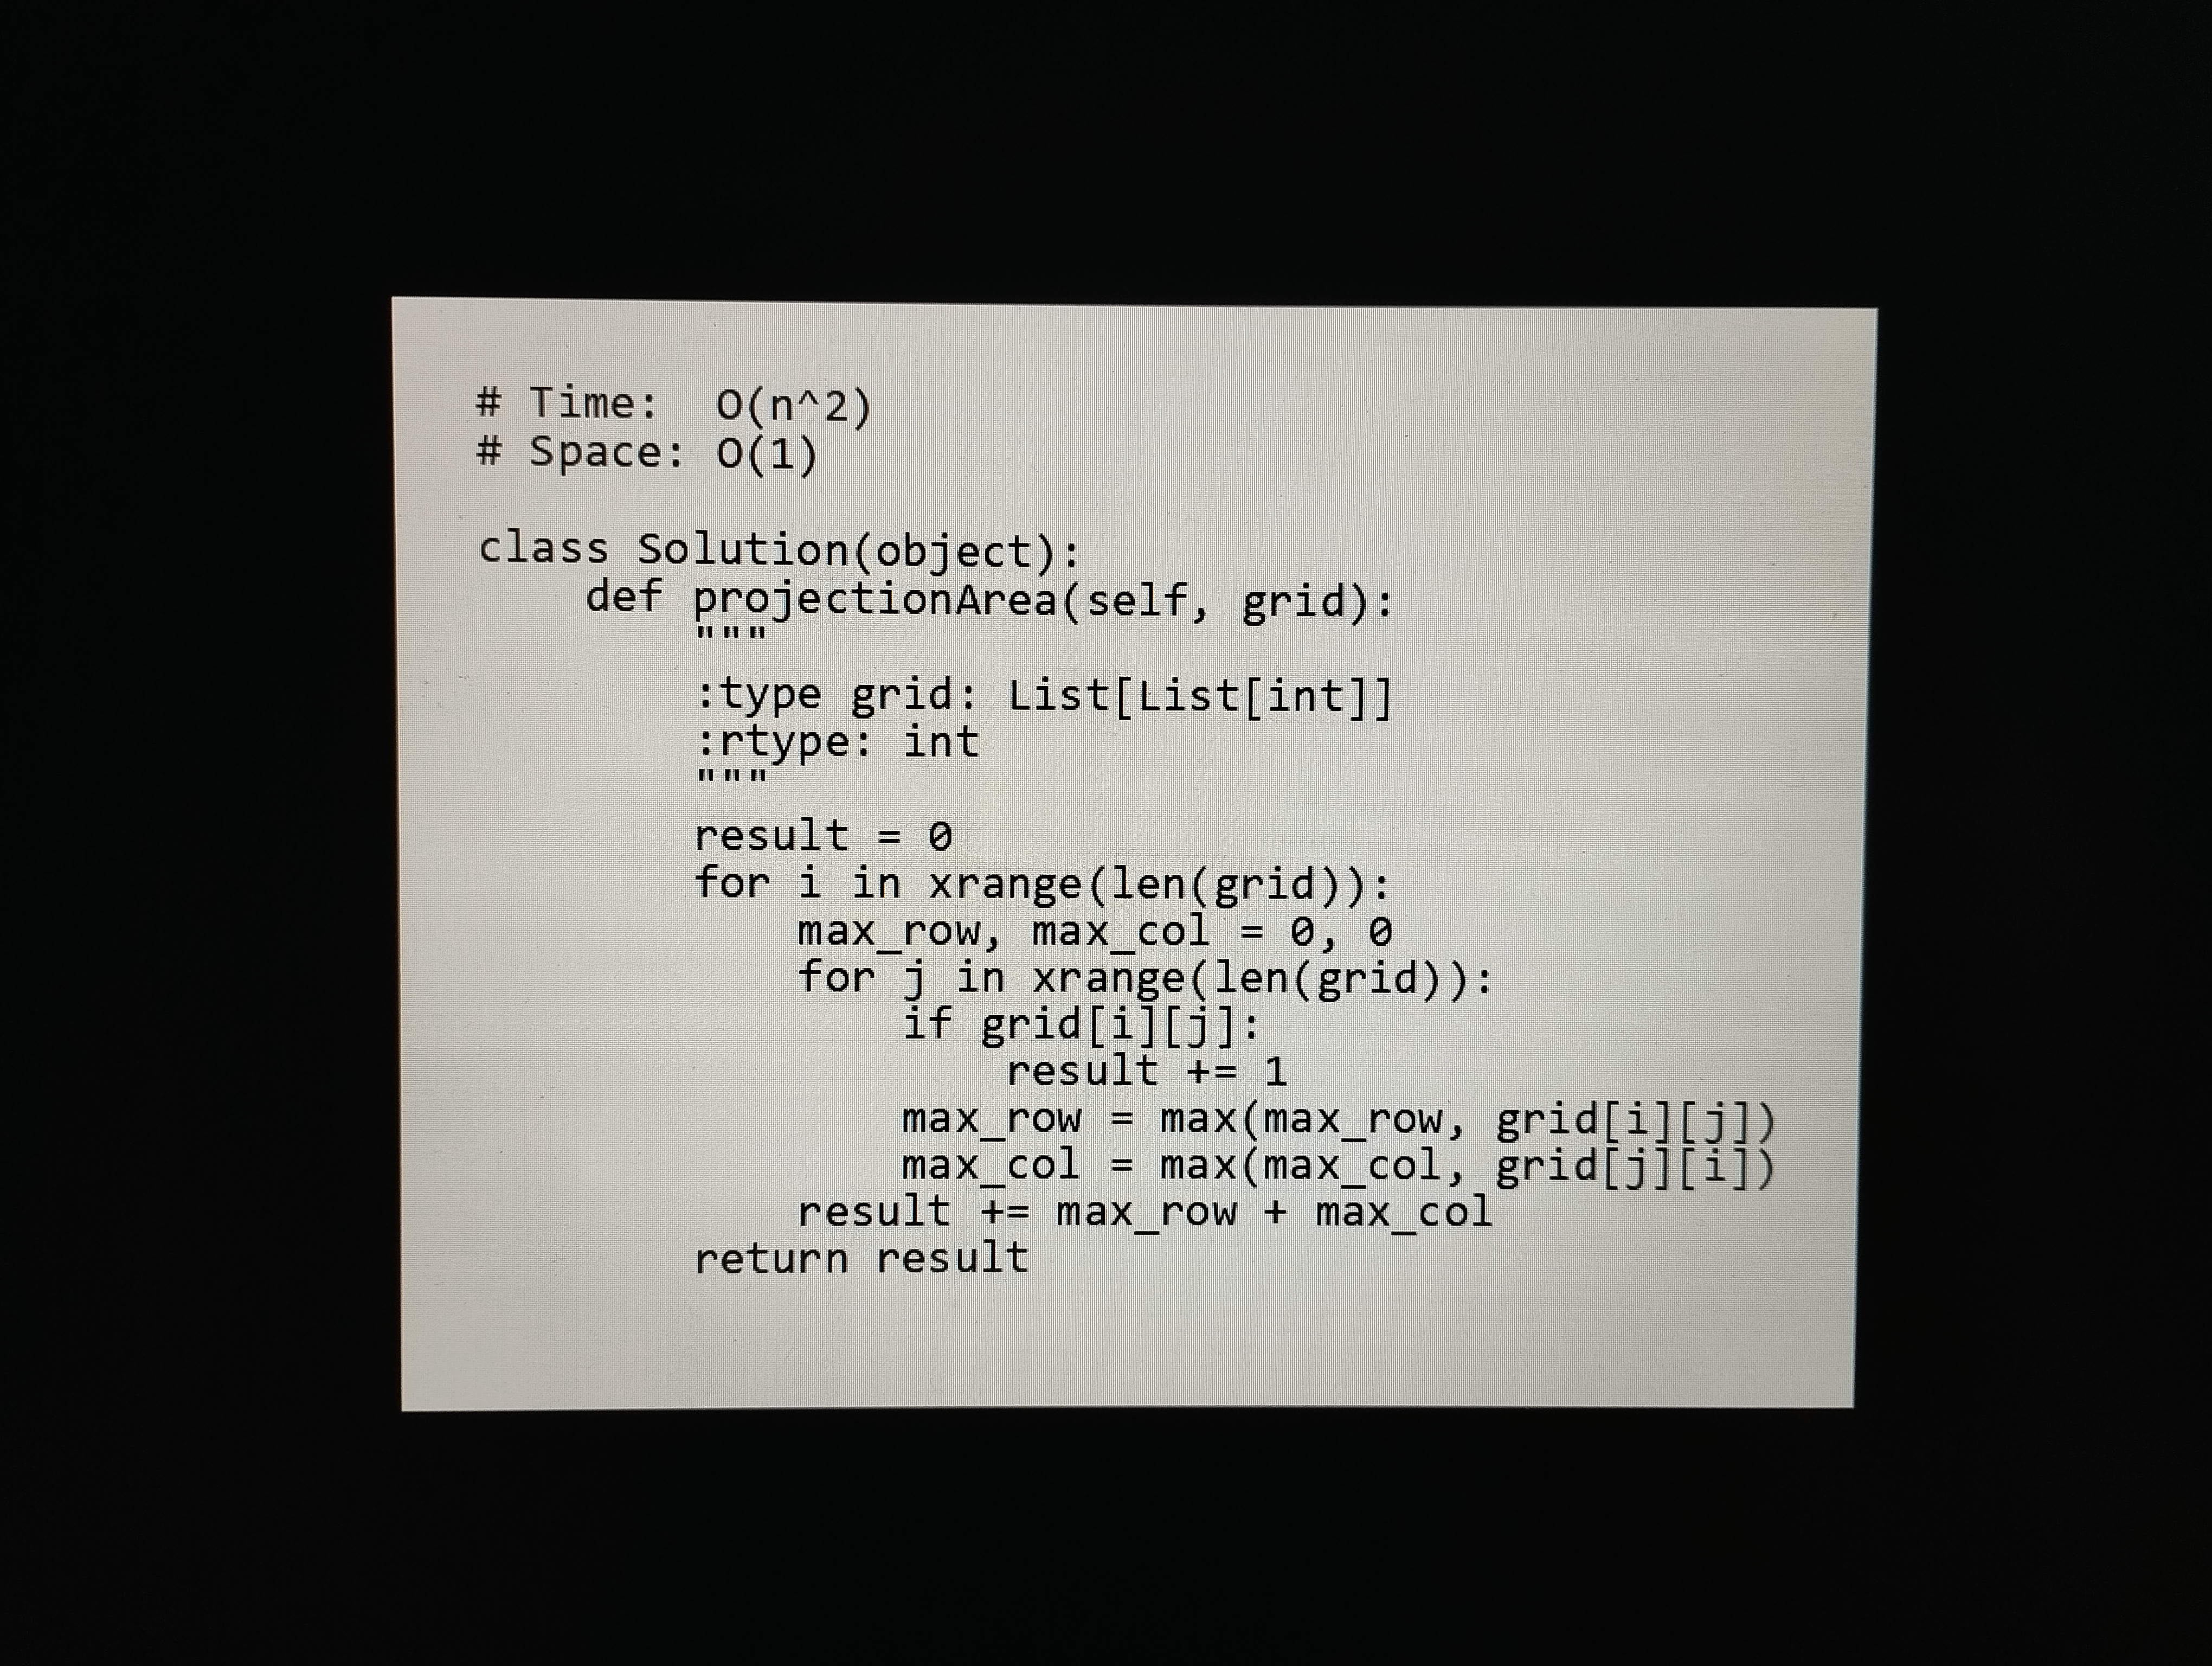
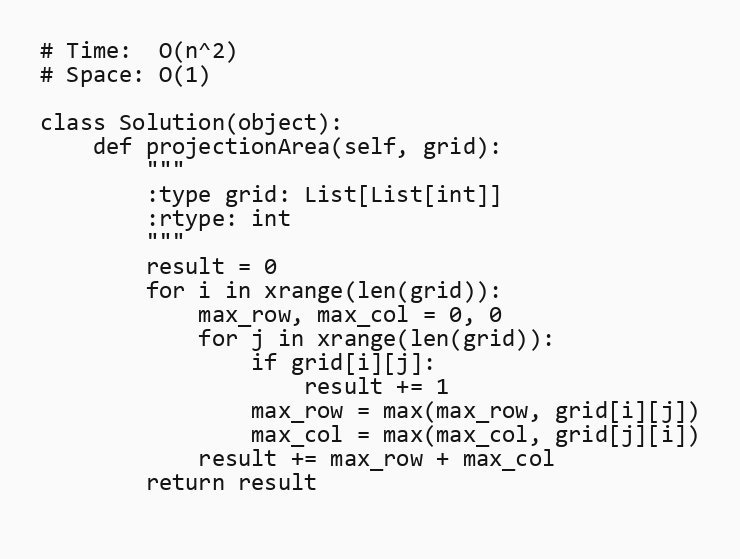
# Time:  O(n^2)
# Space: O(1)

class Solution(object):
    def projectionArea(self, grid):
        """
        :type grid: List[List[int]]
        :rtype: int
        """
        result = 0
        for i in xrange(len(grid)):
            max_row, max_col = 0, 0
            for j in xrange(len(grid)):
                if grid[i][j]:
                    result += 1
                max_row = max(max_row, grid[i][j])
                max_col = max(max_col, grid[j][i])
            result += max_row + max_col
        return result